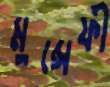
মুন্সেফী